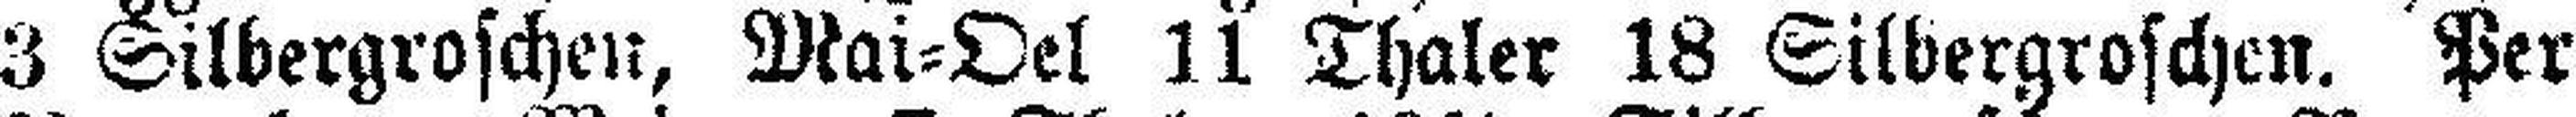
3 Silbergroschen, Mai=Oel 11 Thaler 18 Silbergroschen. Per